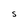
Character: S